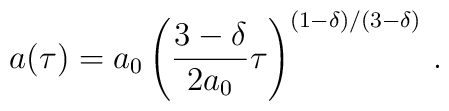
a(\tau) = a_0 \left(                       \frac{3-\delta}{2a_0}\tau                \right)^{ (1-\delta)/(3-\delta)} \,.